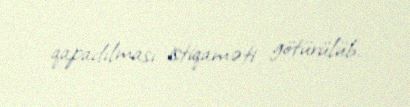
qapadılması istiqaməti götürülüb.